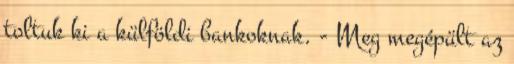
toltuk ki a külföldi bankoknak. - Meg megépült az